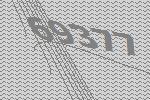
69377